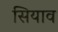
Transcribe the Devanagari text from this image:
सियाव